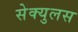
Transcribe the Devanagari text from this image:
सेक्युलस